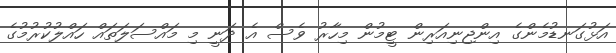
އަޅުގަނޑުމެންގެ އިންޖިނިއަރިން ޓީމުން މިހާރު ވެސް އެ ދަނީ މި މައްސަލަތައް ހައްލުކުރުމުގެ